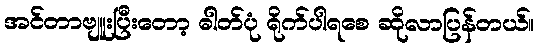
အင်တာဗျူးပြီးတော့ ဓါတ်ပုံ ရိုက်ပါရစေ ဆိုလာပြန်တယ်။